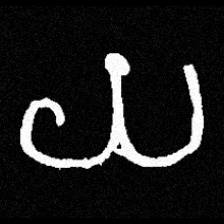
Pyu character \u2014 Myanmar letter: ယ (romanized: ya)